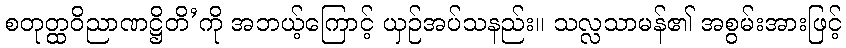
စတုတ္ထဝိညာဏဋ္ဌိတိ’ကို အဘယ့်ကြောင့် ယှဉ်အပ်သနည်း။ သလ္လသာမန်၏ အစွမ်းအားဖြင့်